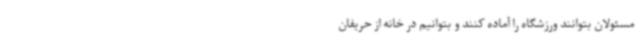
مسئولان بتوانند ورزشگاه را آماده کنند و بتوانیم در خانه از حریفان